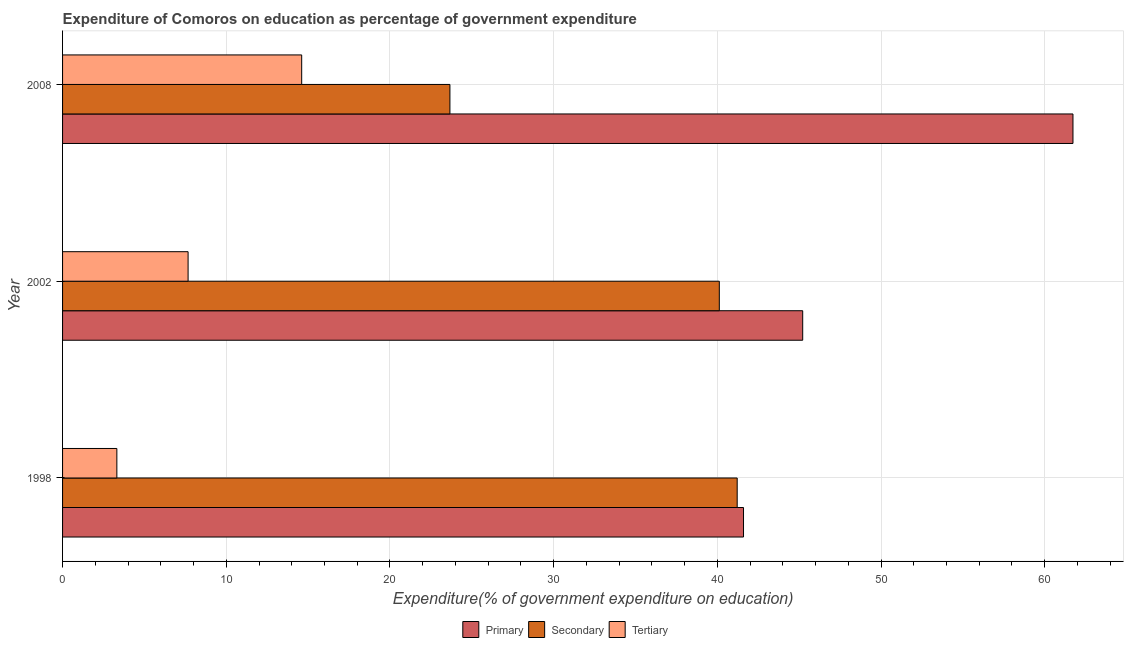
| Year | Primary | Secondary | Tertiary |
 | --- | --- | --- | --- |
 | 1998 | 41.6 | 41.2 | 3.32 |
 | 2002 | 45.2 | 40.1 | 7.67 |
 | 2008 | 61.7 | 23.7 | 14.6 |